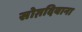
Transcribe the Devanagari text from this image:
सोग़दियाना